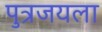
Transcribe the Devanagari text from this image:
पुत्रजयला